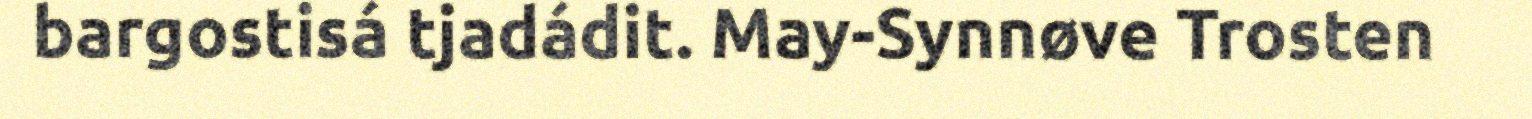
bargostisá tjadádit. May-Synnøve Trosten